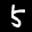
Label: 5